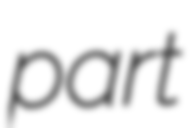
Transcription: part